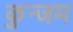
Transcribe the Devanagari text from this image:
कुन्जम